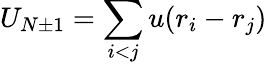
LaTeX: U_{N\pm 1}=\sum_{i<j}u(r_{i}-r_{j})